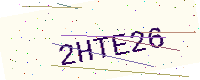
Text: 2HTE26